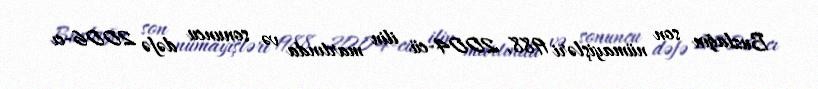
Buzlağın son nümayişləri 1988, 2004-cü ilin martında və sonuncu dəfə 2006-cı